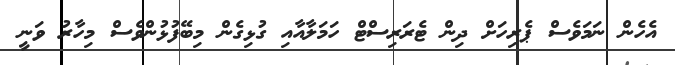
އެހެން ނަމަވެސް ޕެރިހަށް ދިން ޓެރަރިސްޓް ހަމަލާއާއި ގުޅިގެން މިބޭފުޅުންވެސް މިހާރު ވަނީ